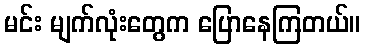
မင်း မျက်လုံးတွေက ပြောနေကြတယ်။